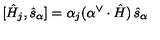
[ \hat { H } _ { j } , \hat { s } _ { \alpha } ] = \alpha _ { j } ( \alpha ^ { \vee } \cdot \hat { H } ) \thinspace \hat { s } _ { \alpha }